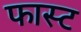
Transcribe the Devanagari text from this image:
फास्‍ट